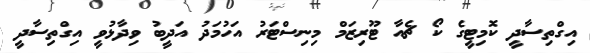
އިގްތިސާދީ ކޮމިޓީގެ ކޯ ޗެއާ ޓޫރިޒަމް މިނިސްޓަރު އަހުމަދު އަދީބު ވިދާޅުވީ އިގްތިސާދީ